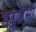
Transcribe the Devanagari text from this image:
डब्लूजेसी